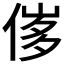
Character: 𠊵